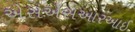
એસએસઆરઆઈ